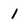
Character: 1